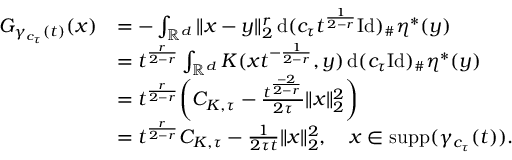
\begin{array} { r l } { G _ { \gamma _ { c _ { \tau } } ( t ) } ( x ) } & { = - \int _ { \mathbb { R } ^ { d } } \| x - y \| _ { 2 } ^ { r } \, \mathrm { d } ( c _ { \tau } t ^ { \frac { 1 } { 2 - r } } \mathrm { I d } ) _ { \# } \eta ^ { * } ( y ) } \\ & { = t ^ { \frac { r } { 2 - r } } \int _ { \mathbb { R } ^ { d } } K ( x t ^ { - \frac { 1 } { 2 - r } } , y ) \, \mathrm { d } ( c _ { \tau } \mathrm { I d } ) _ { \# } \eta ^ { * } ( y ) } \\ & { = t ^ { \frac { r } { 2 - r } } \biggl ( C _ { K , \tau } - \frac { t ^ { \frac { - 2 } { 2 - r } } } { 2 \tau } \| x \| _ { 2 } ^ { 2 } \biggr ) } \\ & { = t ^ { \frac { r } { 2 - r } } C _ { K , \tau } - \frac { 1 } { 2 \tau t } \| x \| _ { 2 } ^ { 2 } , \quad x \in \mathrm { s u p p } ( \gamma _ { c _ { \tau } } ( t ) ) . } \end{array}